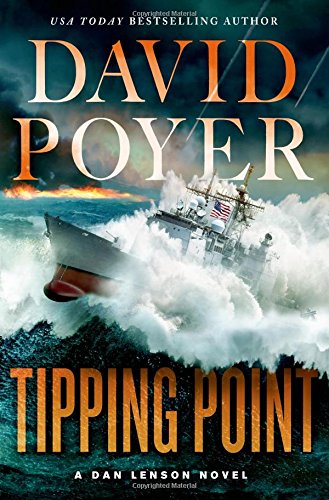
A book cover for Tipping Point: The War With ChinaThe First Salvo (Dan Lenson Novels); David Poyer; Mystery, Thriller & Suspense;